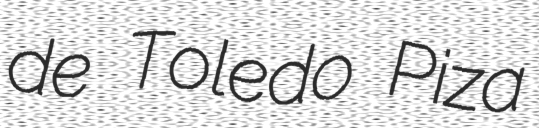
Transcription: de Toledo Piza